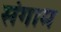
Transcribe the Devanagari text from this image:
संगाम